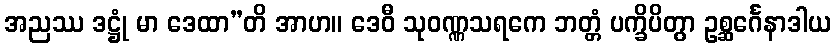
အညဿ ဒဋ္ဌုံ မာ ဒေထာ”တိ အာဟ။ ဒေဝီ သုဝဏ္ဏသရကေ ဘတ္တံ ပက္ခိပိတွာ ဥစ္ဆင်္ဂေနာဒါယ